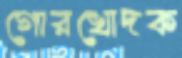
গোরখোদক